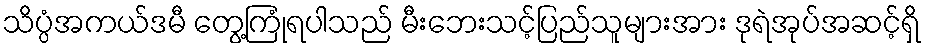
သိပ္ပံအကယ်ဒမီ တွေ့ကြုံရပါသည် မီးဘေးသင့်ပြည်သူများအား ဒုရဲအုပ်အဆင့်ရှိ